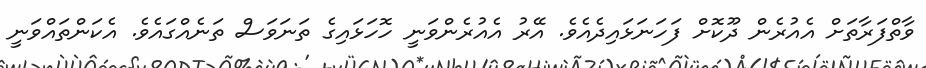
ވާތްފަރާތަށް އެއުރެން ދޫކޮށް ފަހަނަޅައިދެއެވެ. އޭރު އެއުރެންވަނީ ހޮހަޅައިގެ ތަނަވަސް ތަނެއްގައެވެ. އެކަންތައްވަނީ